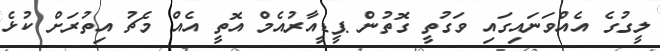
ލީގުގެ އެއްވަނައިގައި ވަގުތީ ގޮތުން ޕީޑީއާރުއެމް އޮތީ އެއް މެޗު އިތުރަށް ކުޅެ